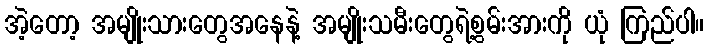
အဲ့တော့ အမျိုးသားတွေအနေနဲ့ အမျိုးသမီးတွေရဲ့စွမ်းအားကို ယုံ ကြည်ပါ။